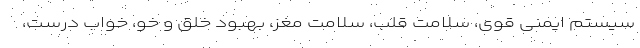
سیستم ایمنی قوی، سلامت قلب، سلامت مغز، بهبود خلق و خو، خواب درست،